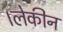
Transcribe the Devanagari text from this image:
।लेकीन